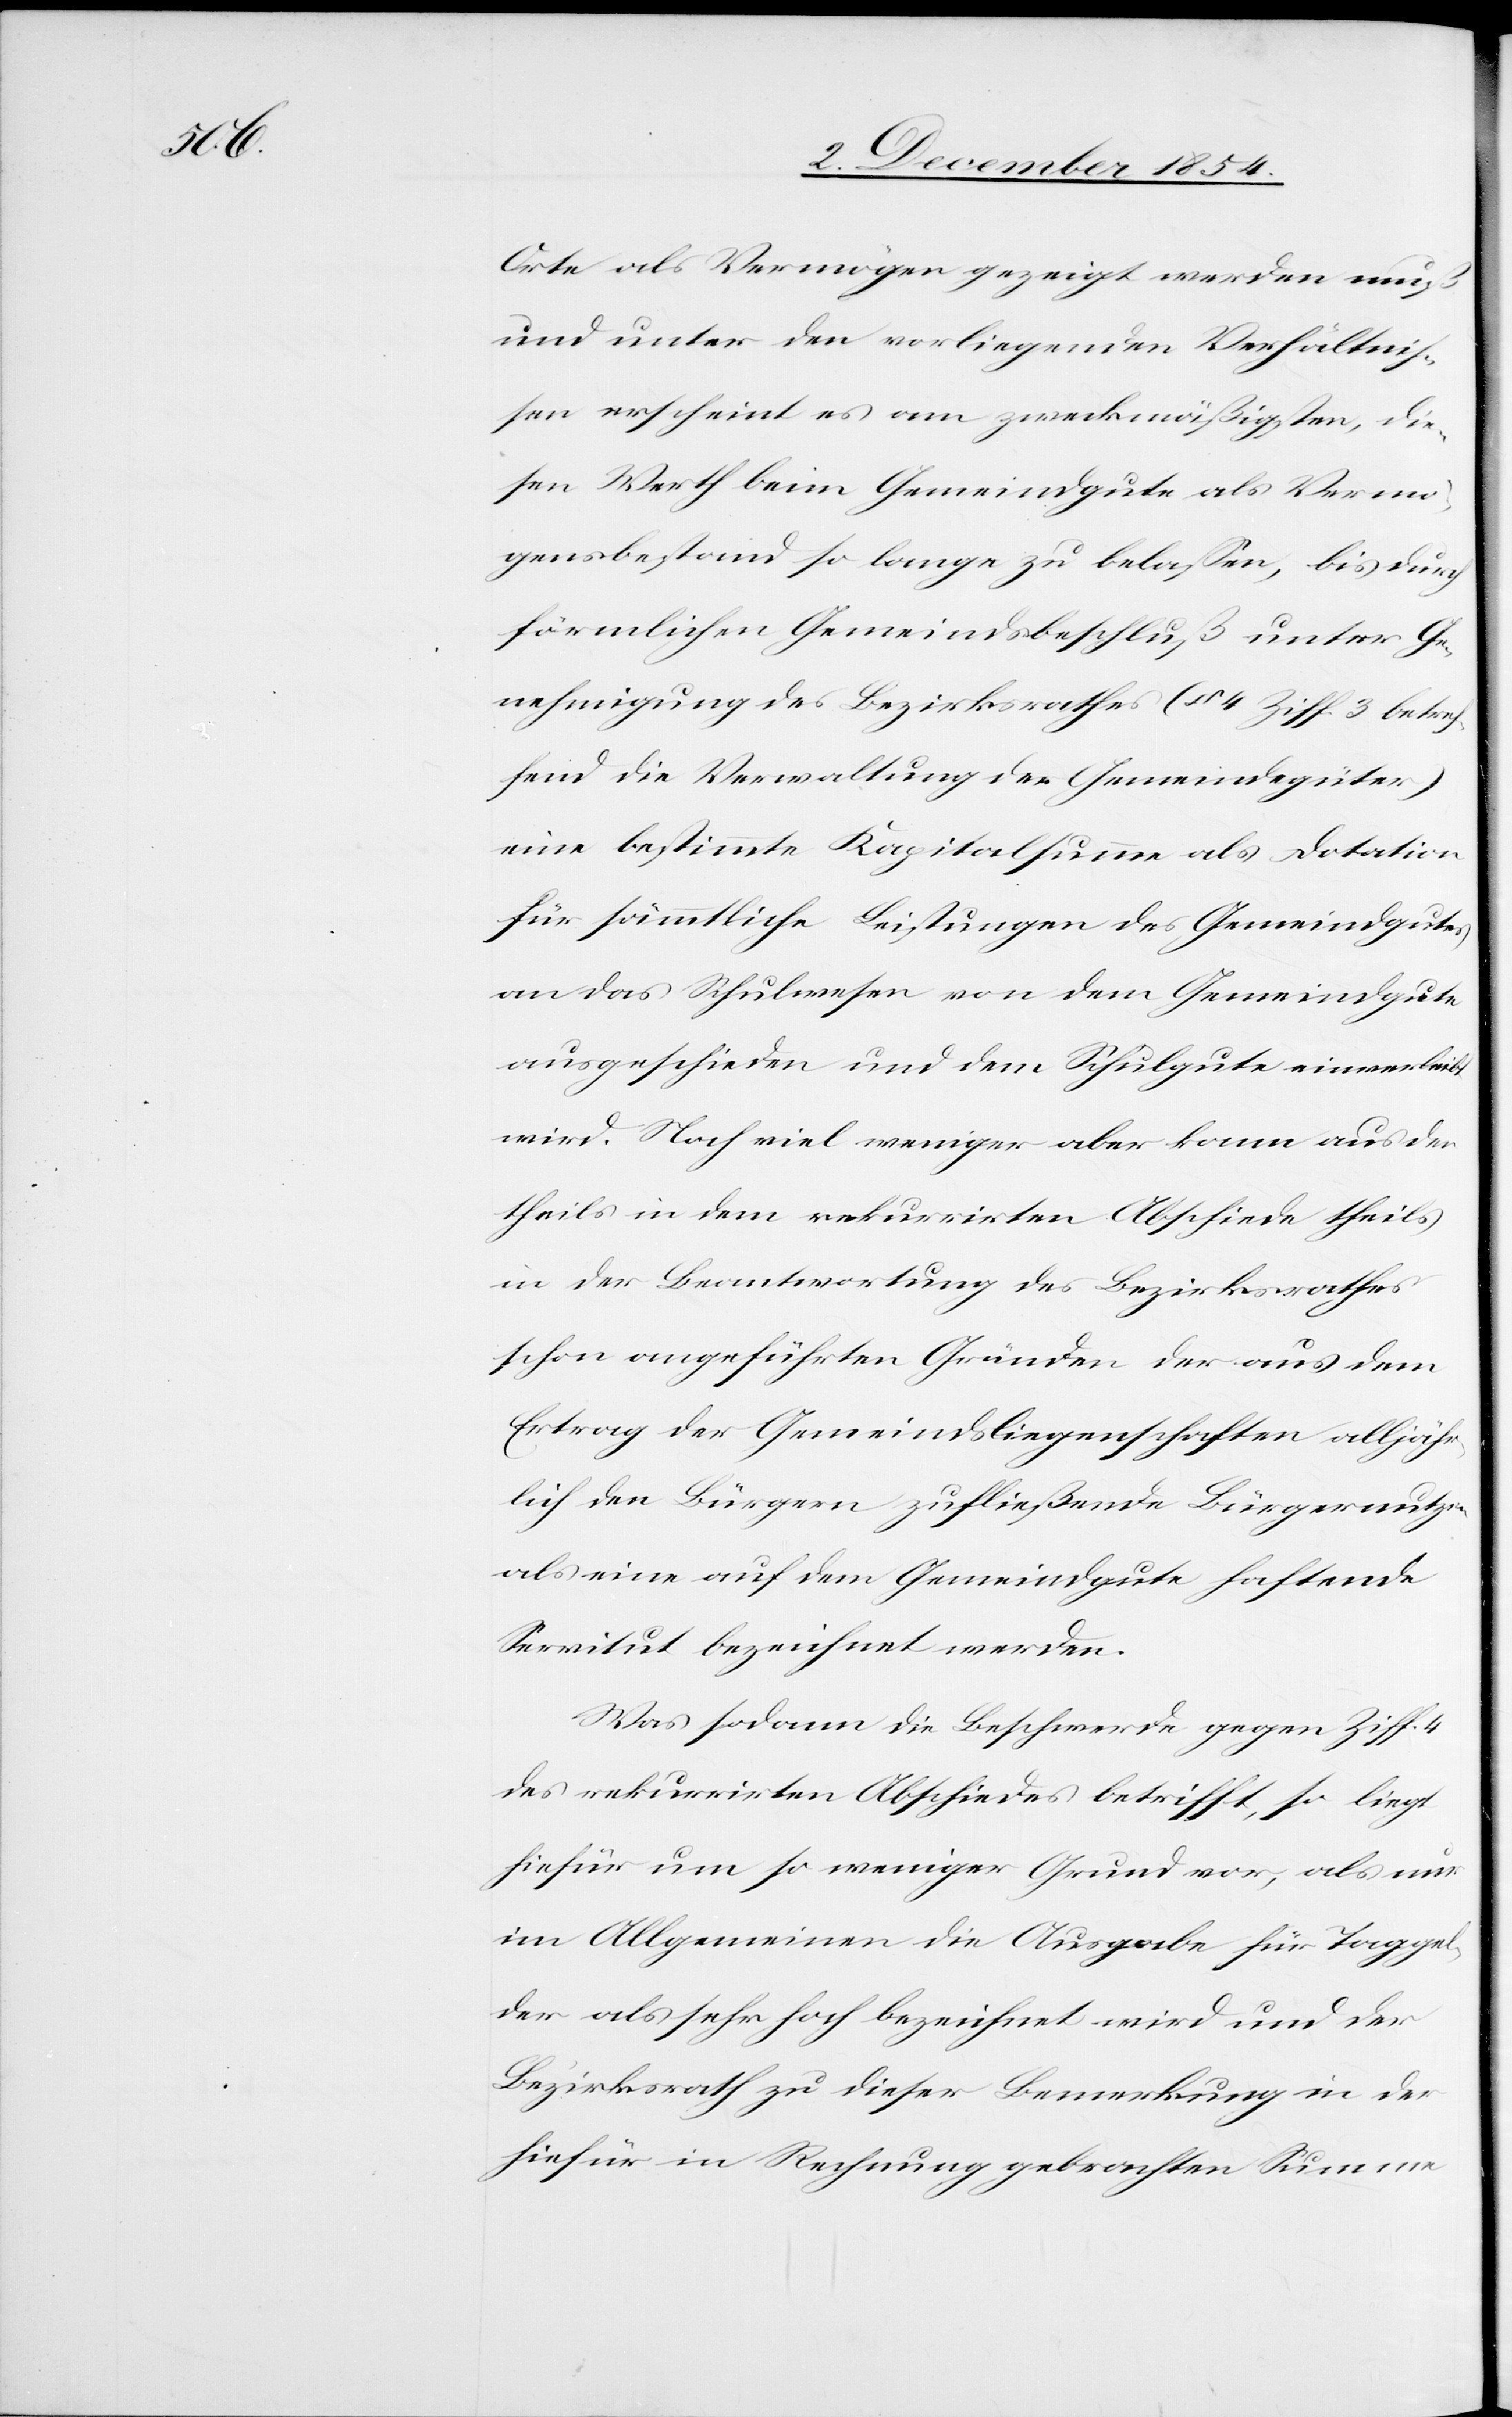
Orte als Vermögen gezeigt werden muß
und unter den vorliegenden Verhältniß¬
en erscheint es am zweckmäßigsten, die¬
sen Werth beim Gemeindgute als Vermö¬
gensbestand so lange zu belaßen, bis durch
förmlichen Gemeindsbeschluß unter Ge¬
nehmigung des Bezirksrathes (§ 4 Ziff. 3 betref¬
fend die Verwaltung der Gemeindegüter)
eine bestimmte Kapitalsumme als Dotation
für sämmtliche Leistungen des Gemeindgutes
an das Schulwesen von dem Gemeindgute
ausgeschieden und dem Schulgute einverleibt
wird. Noch viel weniger aber kann aus der
theils in dem rekurrirten Abschiede theils
in der Beantwortung des Bezirksrathes
schon angeführten Gründen der aus dem
Ertrag der Gemeindsliegenschaften alljähr¬
lich den Bürgern zufließende Bürgernutzgen
als eine auf dem Gemeindgute haftende
Servitut bezeichnet werden.
Was sodann die Beschwerde gegen Ziff. 4
des rekurrirten Abschiedes betrifft, so liegt
hiefür um so weniger Grund vor, als nur
im Allgemeinen die Ausgabe für Taggel¬
der als sehr hoch bezeichnet wird und der
Bezirksrath zu dieser Bemerkung in der
hiefür in Rechnung gebrachten Summe